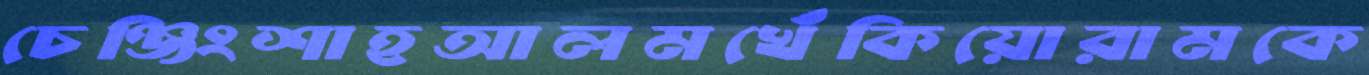
চেঞ্জিংশাহআলমখেঁকিয়োরামকে